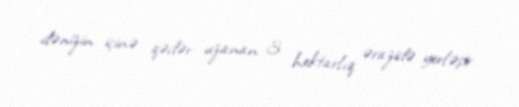
dənizin içinə qədər uzanan 3 hektarlıq ərazidə yerləşir.